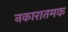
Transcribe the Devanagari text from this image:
नकारातमक